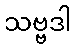
သဗ္ဗဒါ